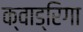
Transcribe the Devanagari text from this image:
क्वाड्रिगा